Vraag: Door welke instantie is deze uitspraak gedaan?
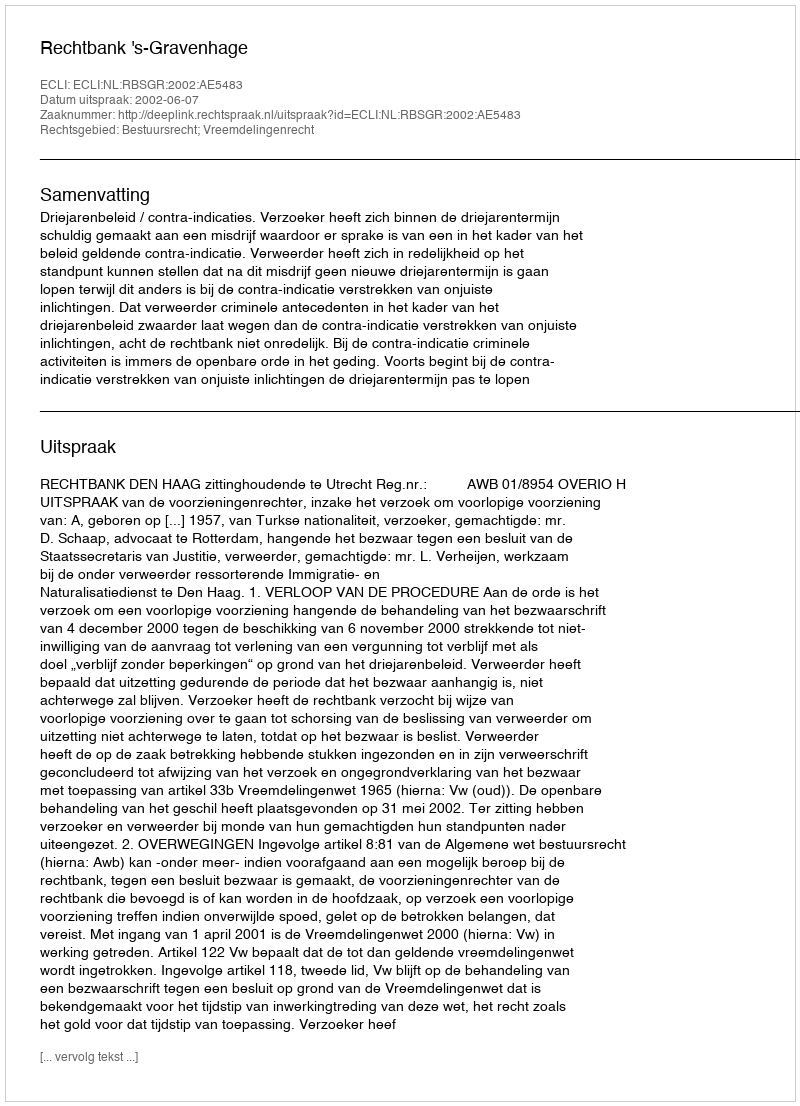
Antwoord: Rechtbank 's-Gravenhage